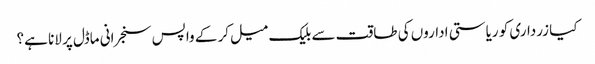
کیا زرداری کو ریاستی اداروں کی طاقت سے بلیک میل کر کے واپس سنجرانی ماڈل پر لانا ہے؟